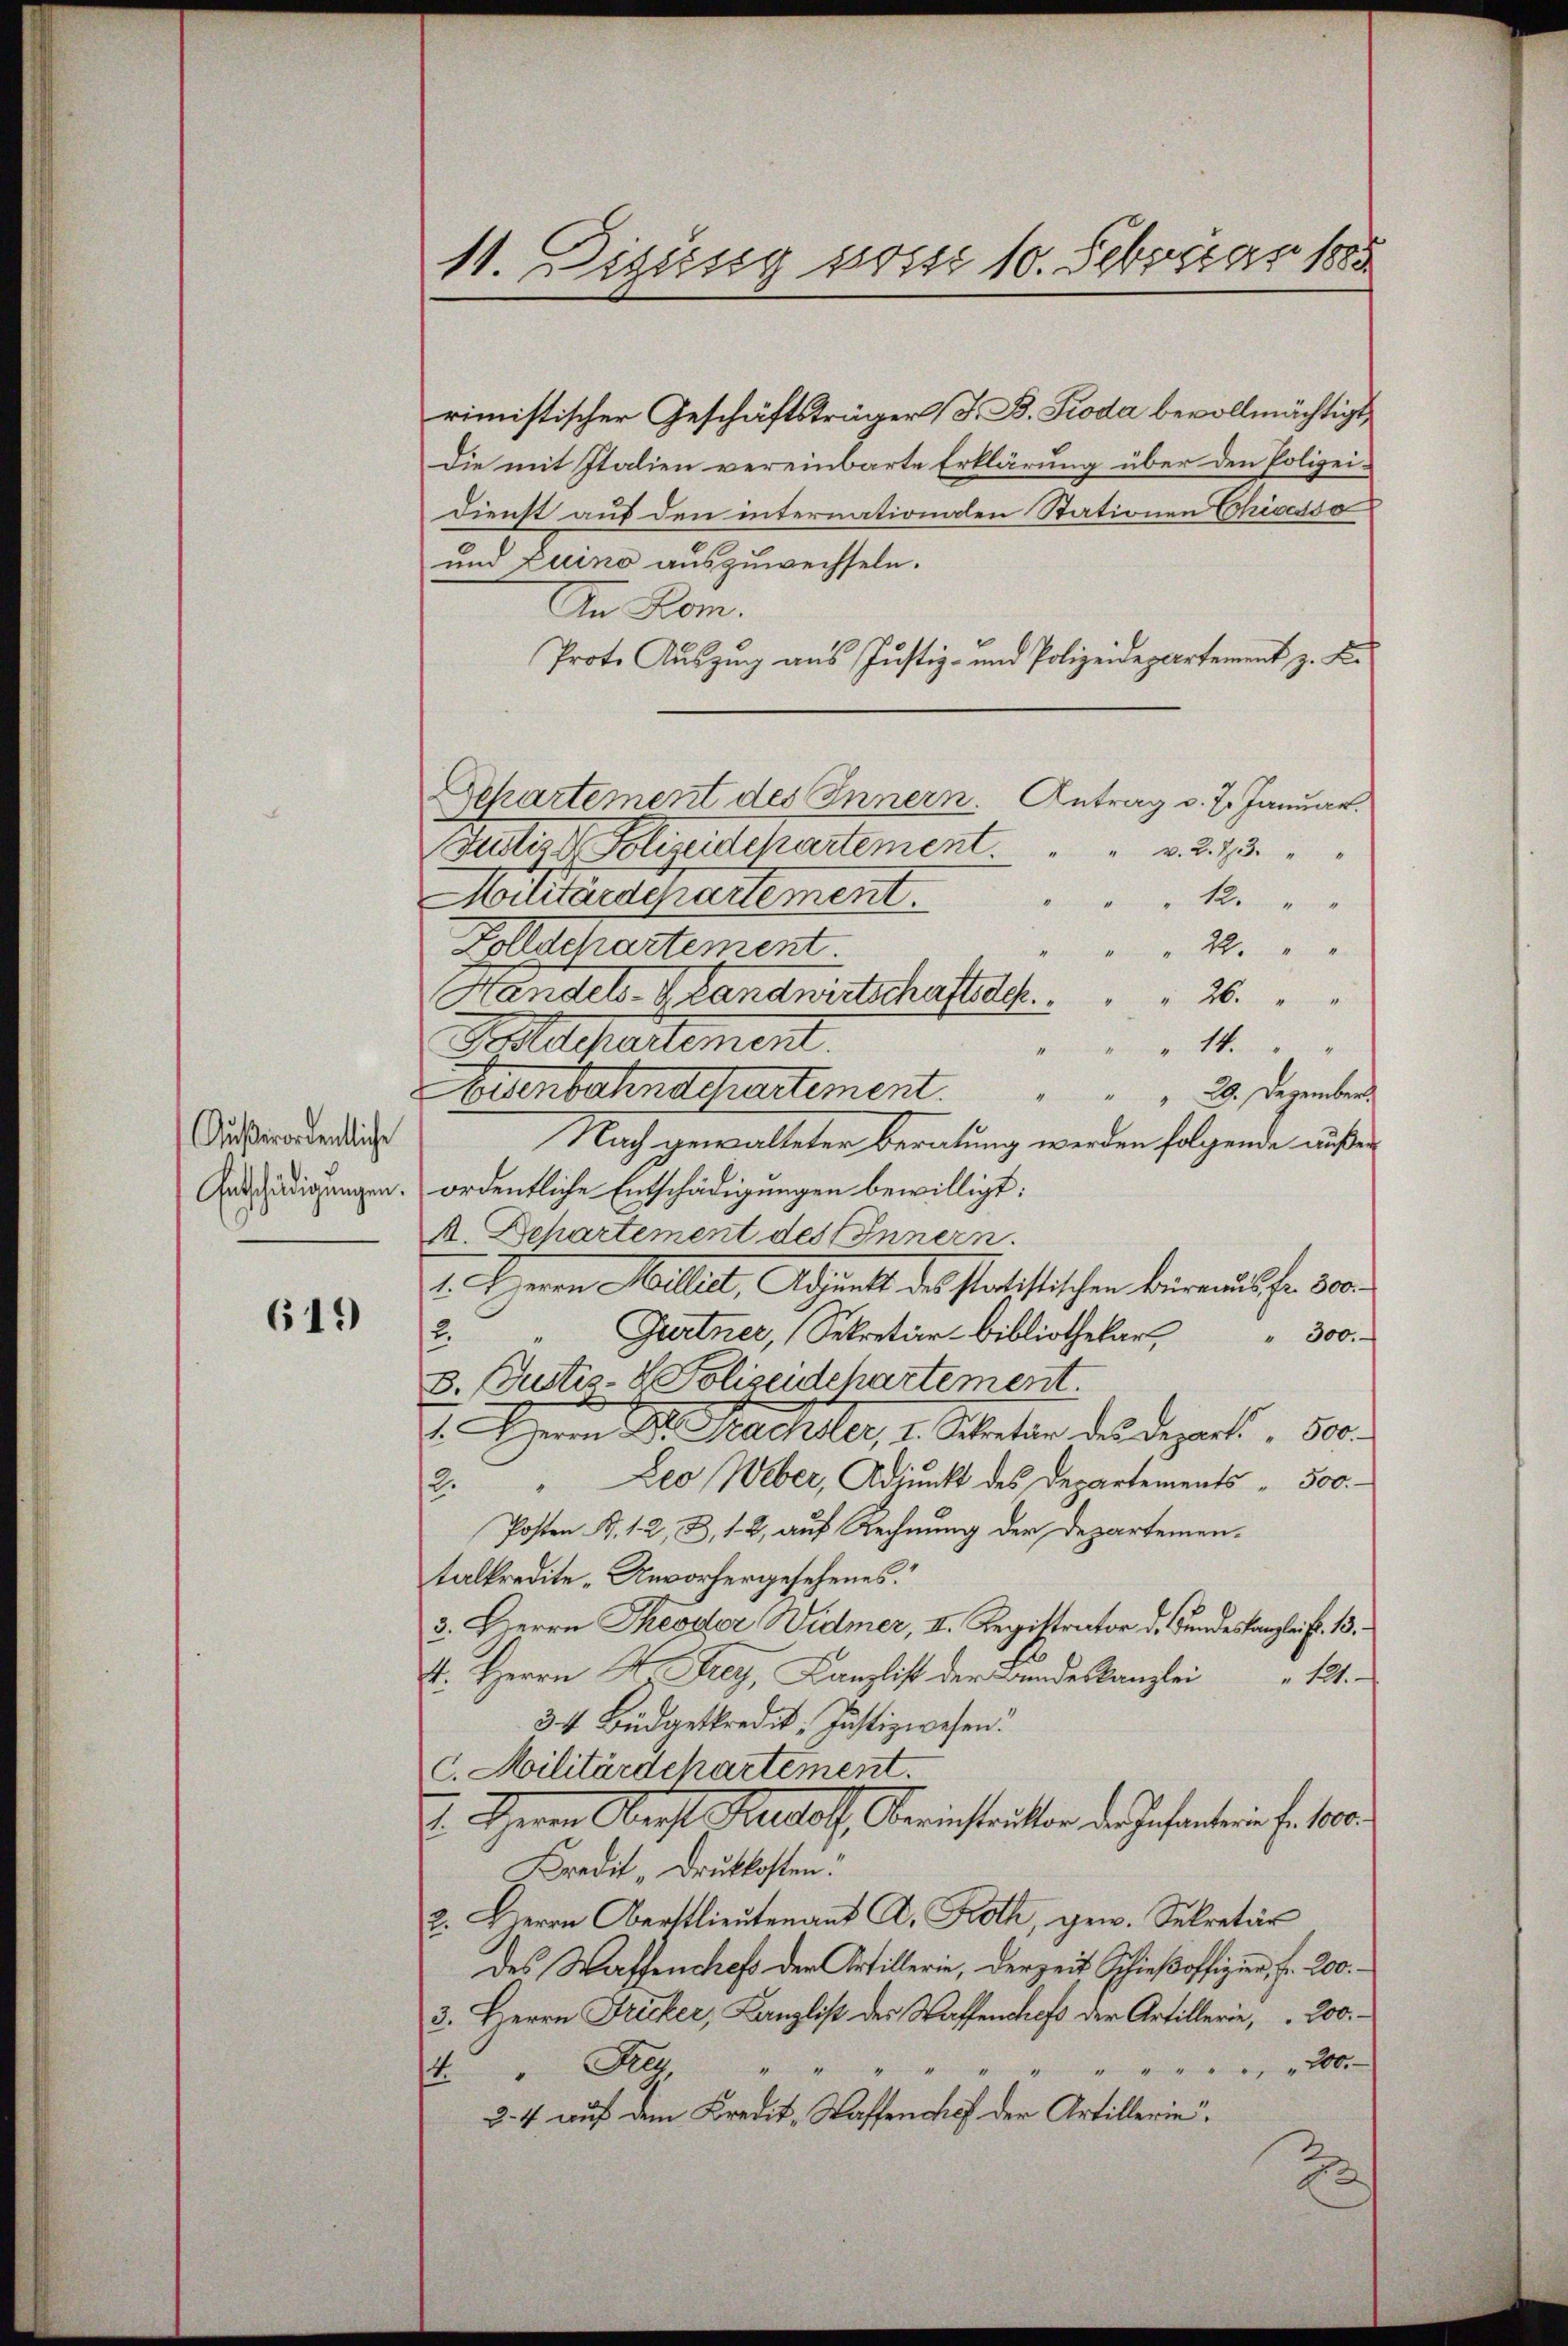
Außerordentliche

619

11. Dizung soss 10. Febricar 1885

rimistischer Geschäftsträger (S. B. Kroda bevollmächtigt,
die mit Italien vereinbarte Erklärung über den Polizei¬
Dienst auf den internationen Stationen Chisesso
und Luino auszuwechseln.
An Rom.
Prote Auszug aus Justiz- und Polizeidepartement z. B.
Gekartement des Innern. Antrag d. J. Januar.
Justins Polizitchartement.
" v. 2. 73.
Militärdepartement.
12.
Vollschartement.
22.
Handels- Plandwirtschaftssc
26.
olldepartement
" 14.
Bodenbahndchartement.
 29. Dezember.
Nach gewalteter Beratung werden folgende außer
Ansschädigungen. ordentliche Entschädigungen bewilligt:
A. Departement des Innern.
1. Herrn Milli, Adjunkt des statistischen Büreaus fr. 500.
Gurtner, Sekretär-Bibliothekar " 300.
2
3. Justiz- & Polizeidchartement.
1. Herr Dr. Machter, v. Schaten des Depart. 60
Leo Weber, Adjunkt des Departements - 500.
12.
Posten B. 1. 2, B, 12, auf Rechnung der Departementalkredite „Unvorhergesehenes.“
3. Herrn Theodor Widmer, II. Registrator d. Bundeskanzleif. 13.
4. Herrn K. Frey, Canzlist der Bundeskanzlei
1
34 Büdgetkredit, Justizwesen.
c. Militärdepartement.
1. Herrn Oberst Rudolf Oberichtritter des Gefanteien f. 160.
Kredit „Druckkosten.
2. Herrn Oberstlieutenant A. Roth, gew. Sekretär
des Waffenchef der Artillerie, derzeit Schieβoffizien, fr. 200.
3. Herrn Fricker, Kanzlist des Waffenchefs der Artillerie, 200.
" " " " " " 200.
4. " Reg
24 auf dem Kredit, Waffenchef der Artillerie
u